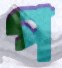
প